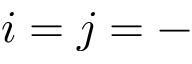
i = j = -